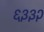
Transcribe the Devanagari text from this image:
६३३२